Vaccination North-Western Provinces and Oudh 1878-1895 - 1878-1895
Year: 1878
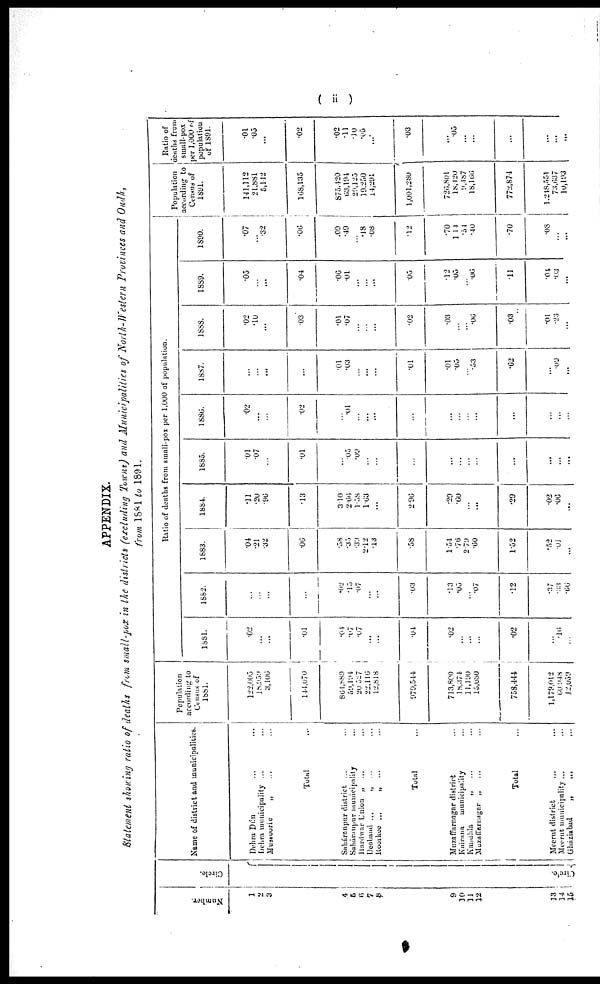
( ii )
APPENDIX.
Statement showing ratio of deaths from small-pox in the districts (excluding Towns) and Municipalities of North-Western Provinces and Oudh,
from 1881 to 1891.
Number.
1
2
3
4
5
6
7
8
9
10
11
12
13
14
15
Circle.
Circle.
Name of district and municipalities.
Dehra Dún ... ...
Dehra municipality ... ...
Mussoorie
„ ... ...
Total ...
Saháranpur district ... ...
Saháranpur municipality ...
Hardwar Union „ ... ...
Deoband ...
„ ... ...
Roorkee ...
„
... ...
Total ...
Muzaffurnagar district ...
Kairana
municipality ...
Kandhla
„ ... ...
Muzuffarnagar „
... ...
Total ...
Meerut district ... ...
Meerut municipality ... ...
Gházíabad
„
...
...
Population
according to
Census of
1881.
122,005
18,959
3,106
144,070
864,889
59, 194
20,527
22,116
12,818
979,544
713,800
18,374
11,190
15,080
758,444
1,179,012
60,948
12,059
Ratio of deaths from small-pox per 1,000 of population.
1881.
.02
...
...
.01
.04
.07
.07
...
...
.04
.02
...
...
...
.02
...
.16
...
1882.
...
...
...
...
.02
.15
.07
...
...
.03
.13
.05
...
.07
.12
.37
.33
.66
1883.
.04
.21
.32
.06
.58
.35
.30
2.12
.13
.58
1.54
.76
2.79
.60
1.52
.52
.01
...
1884.
.11
.20
.96
.13
3.10
2.66
1.58
1.63
...
2.96
.29
.60
...
...
.29
.02
.08
...
1885.
.01
.07
...
.01
...
.05
.09
...
...
...
...
...
...
...
...
...
...
...
1886.
.02
...
...
.02
...
.01
...
...
...
...
...
...
...
...
...
...
...
...
1887.
...
...
...
...
.01
.03
...
...
...
.01
.01
.05
...
.53
.62
...
.09
...
1888.
.02
.10
...
.03
.01
.07
...
...
...
.02
.03
...
...
.06
.03
.01
.23
...
1889.
.05
...
...
.04
.06
.01
...
...
...
.05
.12
.05
...
.06
.11
.04
.03
...
1890.
.07
...
.32
.06
.09
.49
...
.18
.08
.12
.70
1.14
.54
.10
.70
.08
...
...
Population
according to
Census of
1891.
141,112
21,881
5,112
168,135
875.420
63,194
29,125
19.250
14,291
1,001,280
726,801
18,420
9.487
18,166
772,874
1,218,551
73,637
10,193
Ratio of
deaths from
small-pox
per 1,000 of
population
of 1891.
.01
.05
...
.02
.02
.11
.10
.05
...
.03
...
.05
...
...
...
...
...
...